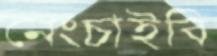
নেংচাইবি